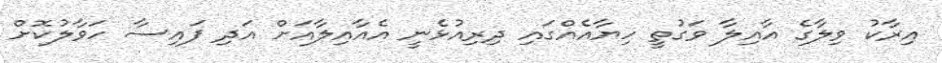
އިރާކު ވިލާގެ އާއިލާ ވަގުތީ ހިޔާއެއްގައި ދިރިއުޅެނީ އެއާއިލާއަށް އަދި ފައިސާ ހަވާލުކޮށް